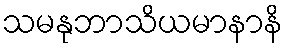
သမနုဘာသိယမာနာနိ